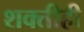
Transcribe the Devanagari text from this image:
शक्तीही